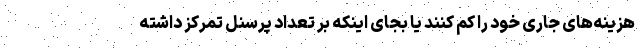
هزینه‌های جاری خود را کم کنند یا بجای اینکه بر تعداد پرسنل تمرکز داشته